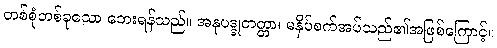
တစ်စုံတစ်ခုသော ဘေးရန်သည်။ အနုပဒ္ဒုတတ္တာ၊ မနှိပ်စက်အပ်သည်၏အဖြစ်ကြောင့်။